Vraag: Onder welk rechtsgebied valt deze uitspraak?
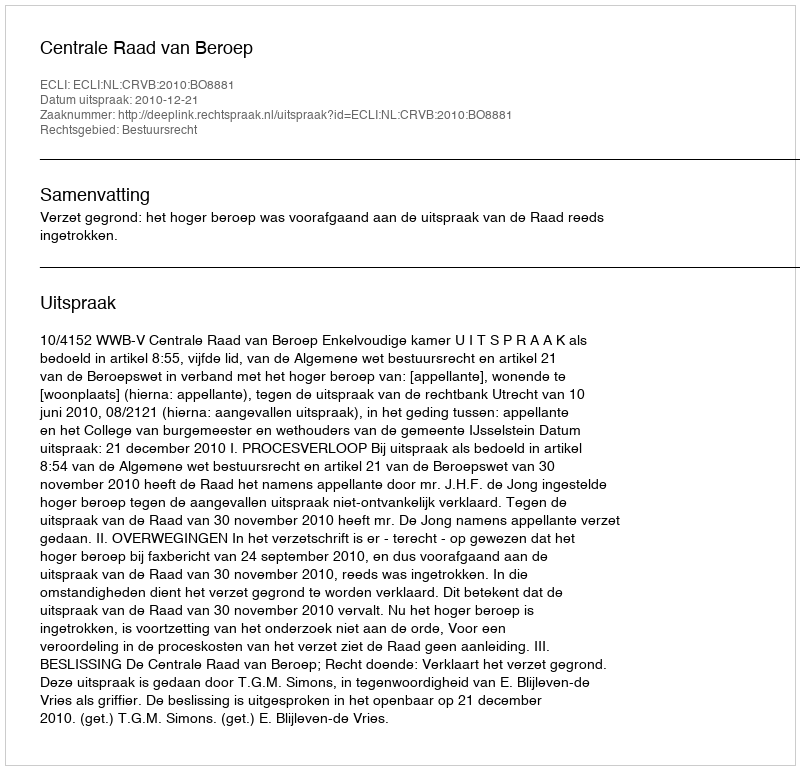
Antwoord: Bestuursrecht